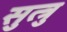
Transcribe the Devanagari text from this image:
सुत्त्रु